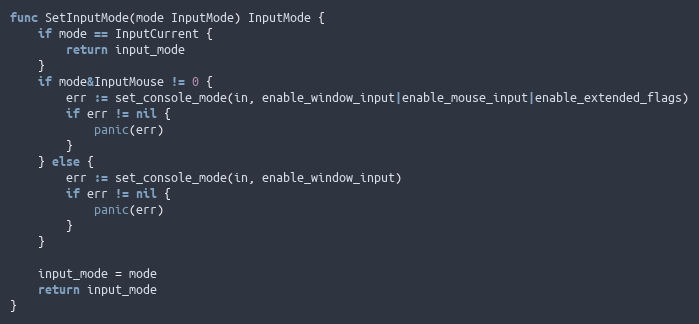
Language: Go
func SetInputMode(mode InputMode) InputMode {
	if mode == InputCurrent {
		return input_mode
	}
	if mode&InputMouse != 0 {
		err := set_console_mode(in, enable_window_input|enable_mouse_input|enable_extended_flags)
		if err != nil {
			panic(err)
		}
	} else {
		err := set_console_mode(in, enable_window_input)
		if err != nil {
			panic(err)
		}
	}

	input_mode = mode
	return input_mode
}